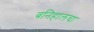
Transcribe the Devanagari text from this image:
बनिहालचा